Bréfritari: Guðmundur Finnsson
Viðtakandi: Halldór Jónsson
Dagsetning: A-1873-03-08
Skrifað á: Skoruvík, Langanesi  N-Þing.

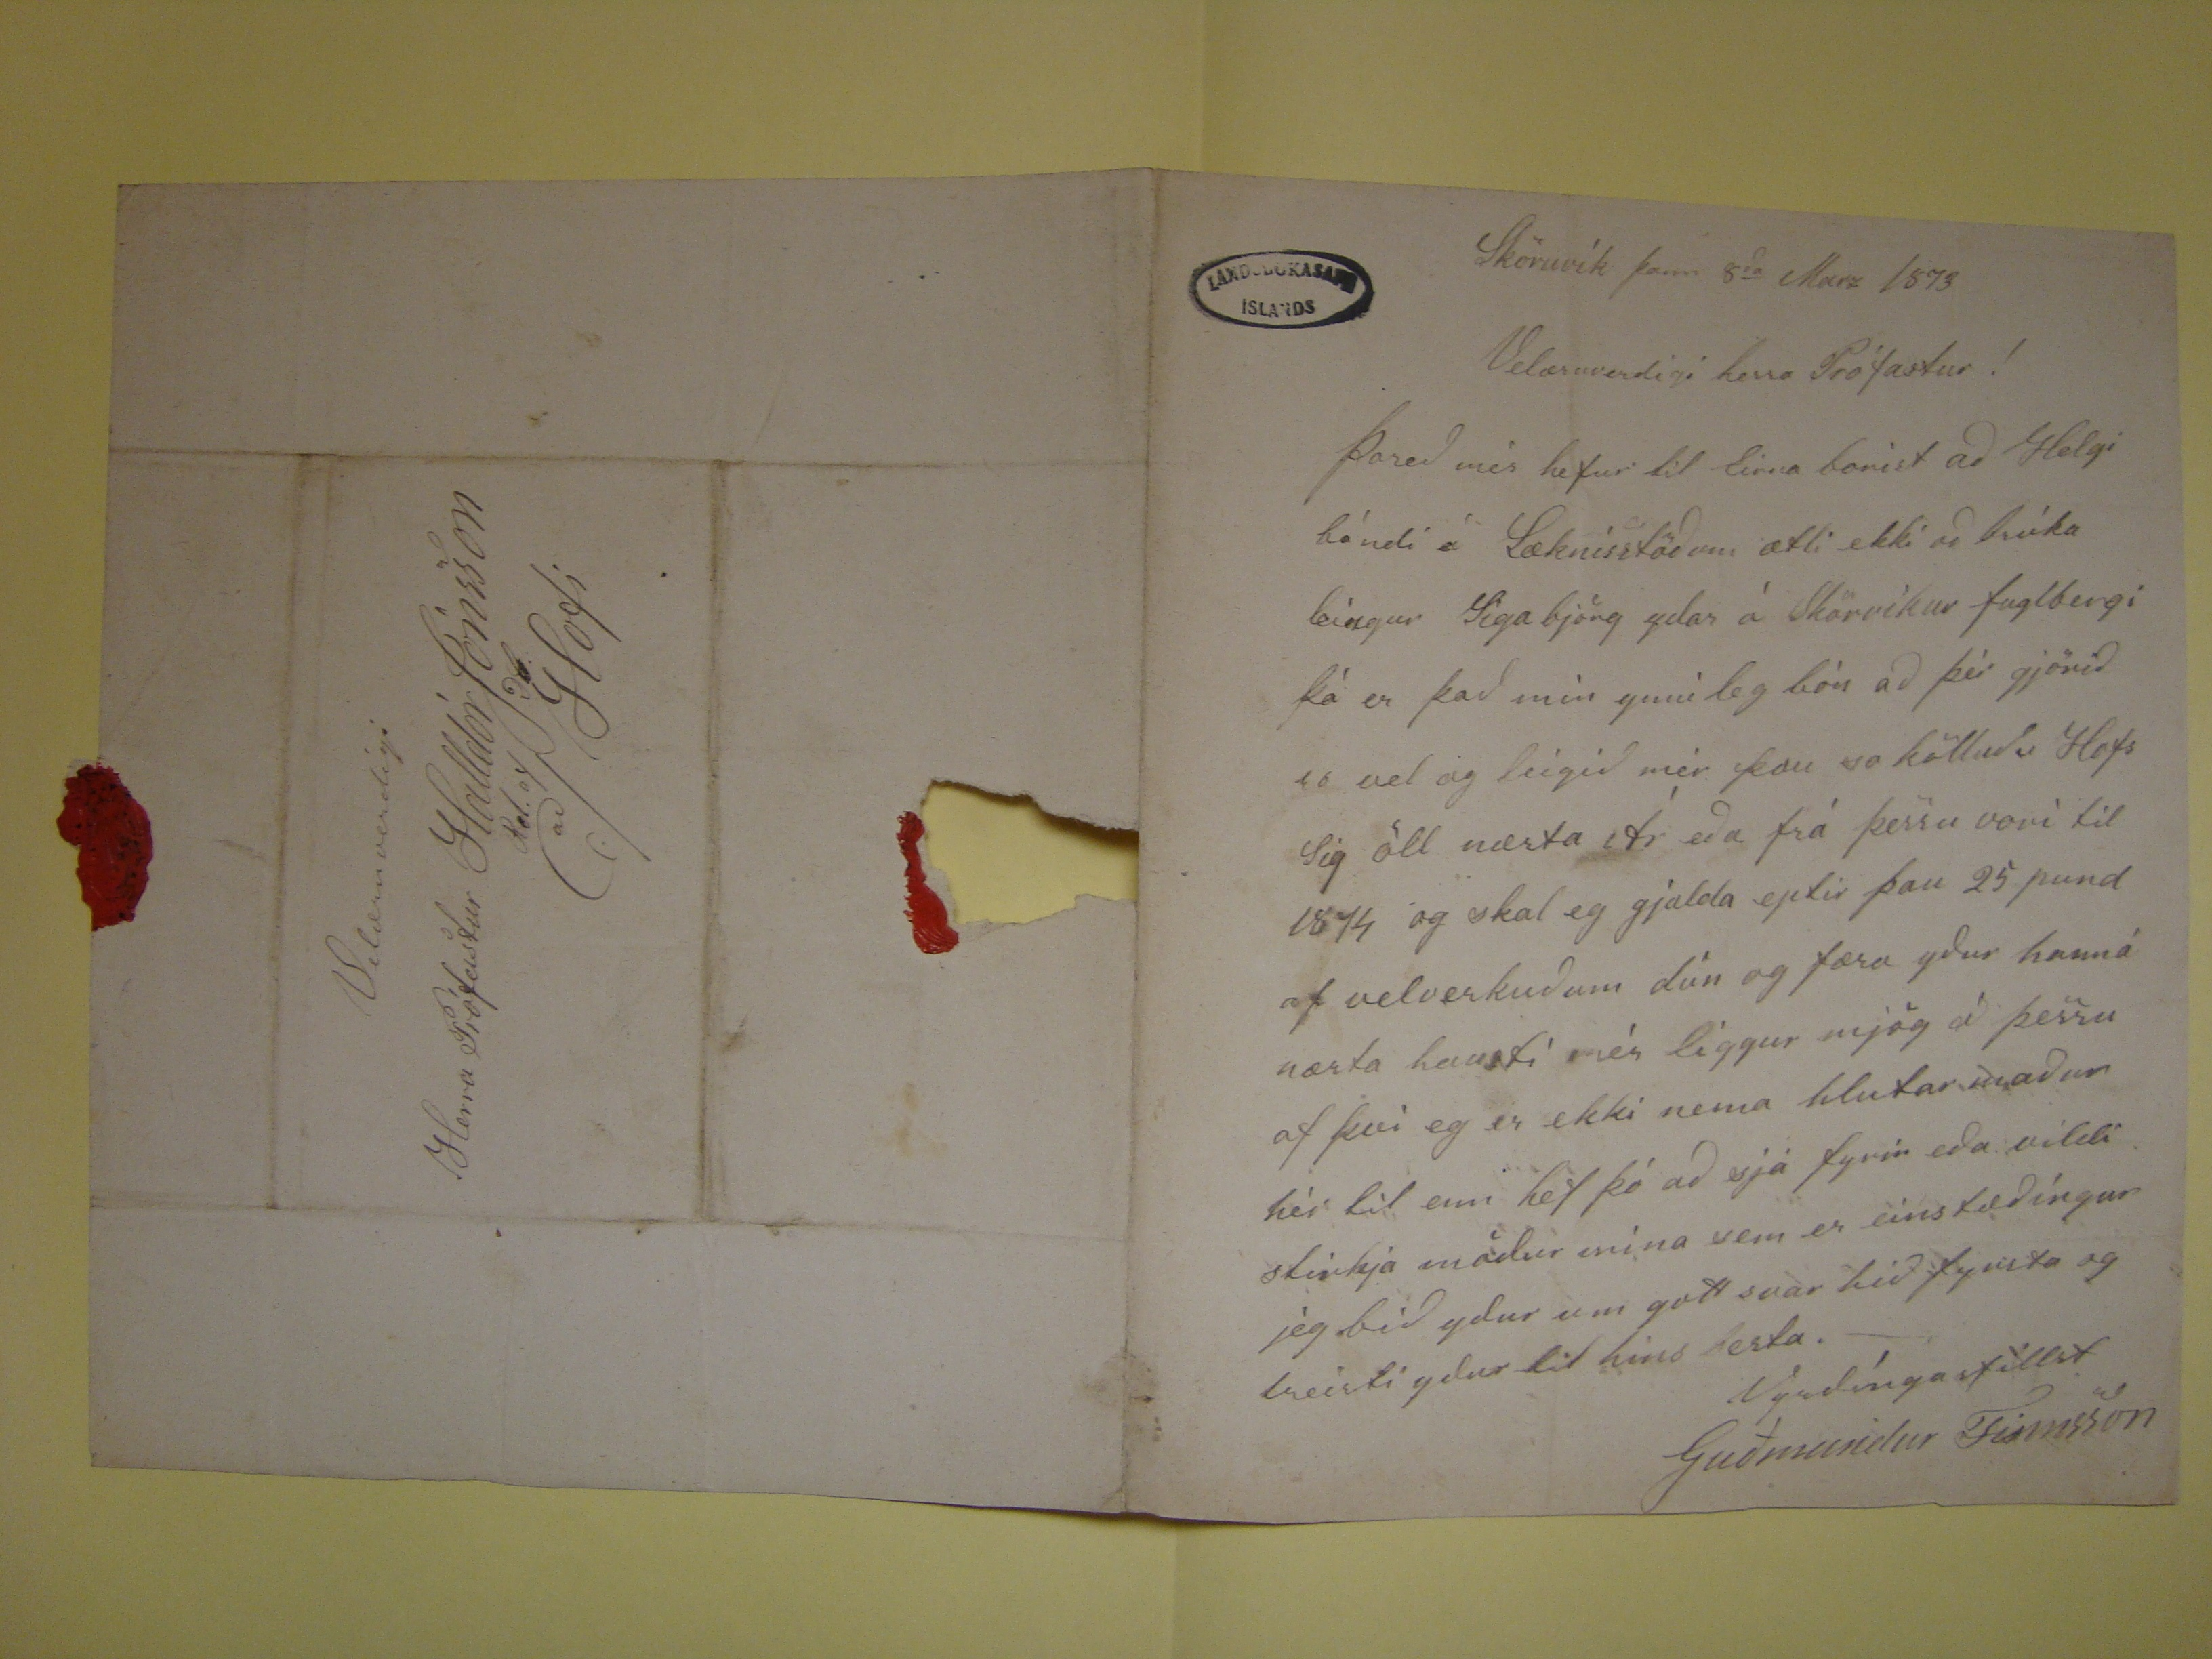

Sköruvík þann 8
da
Marz 1873
Velæruverdigi herra Prófastur!
Þareð mér hefur til Eirna borist að Helgi bóndi á Læknisstöðum ætli ekki að brúka leingur Sigabjörg ydar á Sköruvíkur fuglabergi þá er það mín ynnileg bón að þér
gjörið so vel og leigið mér þau so kölluð Hofs Sig öll næsta Ár eða frá þessu voru til 1874 og skal eg gjalda eptir þau 25 pund af velverkuðum dún og færa yður
hann á næsta hausti mér liggur mjög á þessu af því eg er ekki nema hlutarmaður hjer til enn hef þó að sjá fyrir eða vildi stirkja módur mína sem er einstæðíngur
jeg bið ydur um gott svar hið fyrsta og treisti ydur til hins besta.
Vyrdíngarfillst
Guðmundur Finnsson
Velæruverdigi
Herra Prófastur Halldór Jónsson
Rd. af Db.
að Hofi